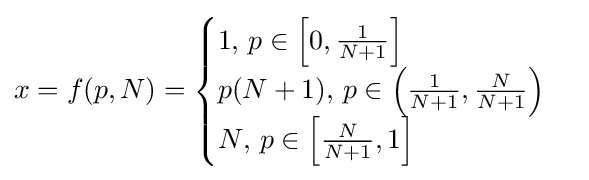
x=f(p,N)={\begin{cases}1{\text{, }}p\in \left[0,{\frac {1}{N+1}}\right]\\p(N+1){\text{, }}p\in \left({\frac {1}{N+1}},{\frac {N}{N+1}}\right)\\N{\text{, }}p\in \left[{\frac {N}{N+1}},1\right]\end{cases}}